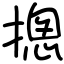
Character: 摠